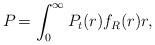
LaTeX: \begin{align*} P_{}=\int_0^\infty P_t(r)f_R(r) r, \end{align*}